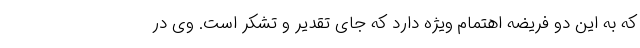
که به این دو فریضه اهتمام ویژه دارد که جای تقدیر و تشکر است. وی در